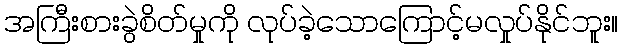
အကြီးစားခွဲစိတ်မှုကို လုပ်ခဲ့သောကြောင့်မလှုပ်နိုင်ဘူး။